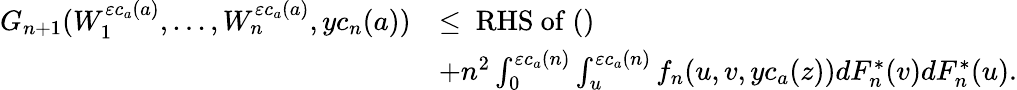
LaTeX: \begin{array}{rl}{G_{n+1}(W_{1}^{\varepsilon c_{a}(a)},...,W_{n}^{\varepsilon c_{a}(a)},yc_{n}(a))}&{\leq\mathrm{~RHS~of~(})}\\ &{+n^{2}\int_{0}^{\varepsilon c_{a}(n)}\int_{u}^{\varepsilon c_{a}(n)}f_{n}(u,v,yc_{a}(z))dF_{n}^{*}(v)dF_{n}^{*}(u).}\end{array}